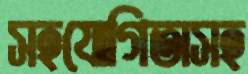
সহযোগিতাসহ